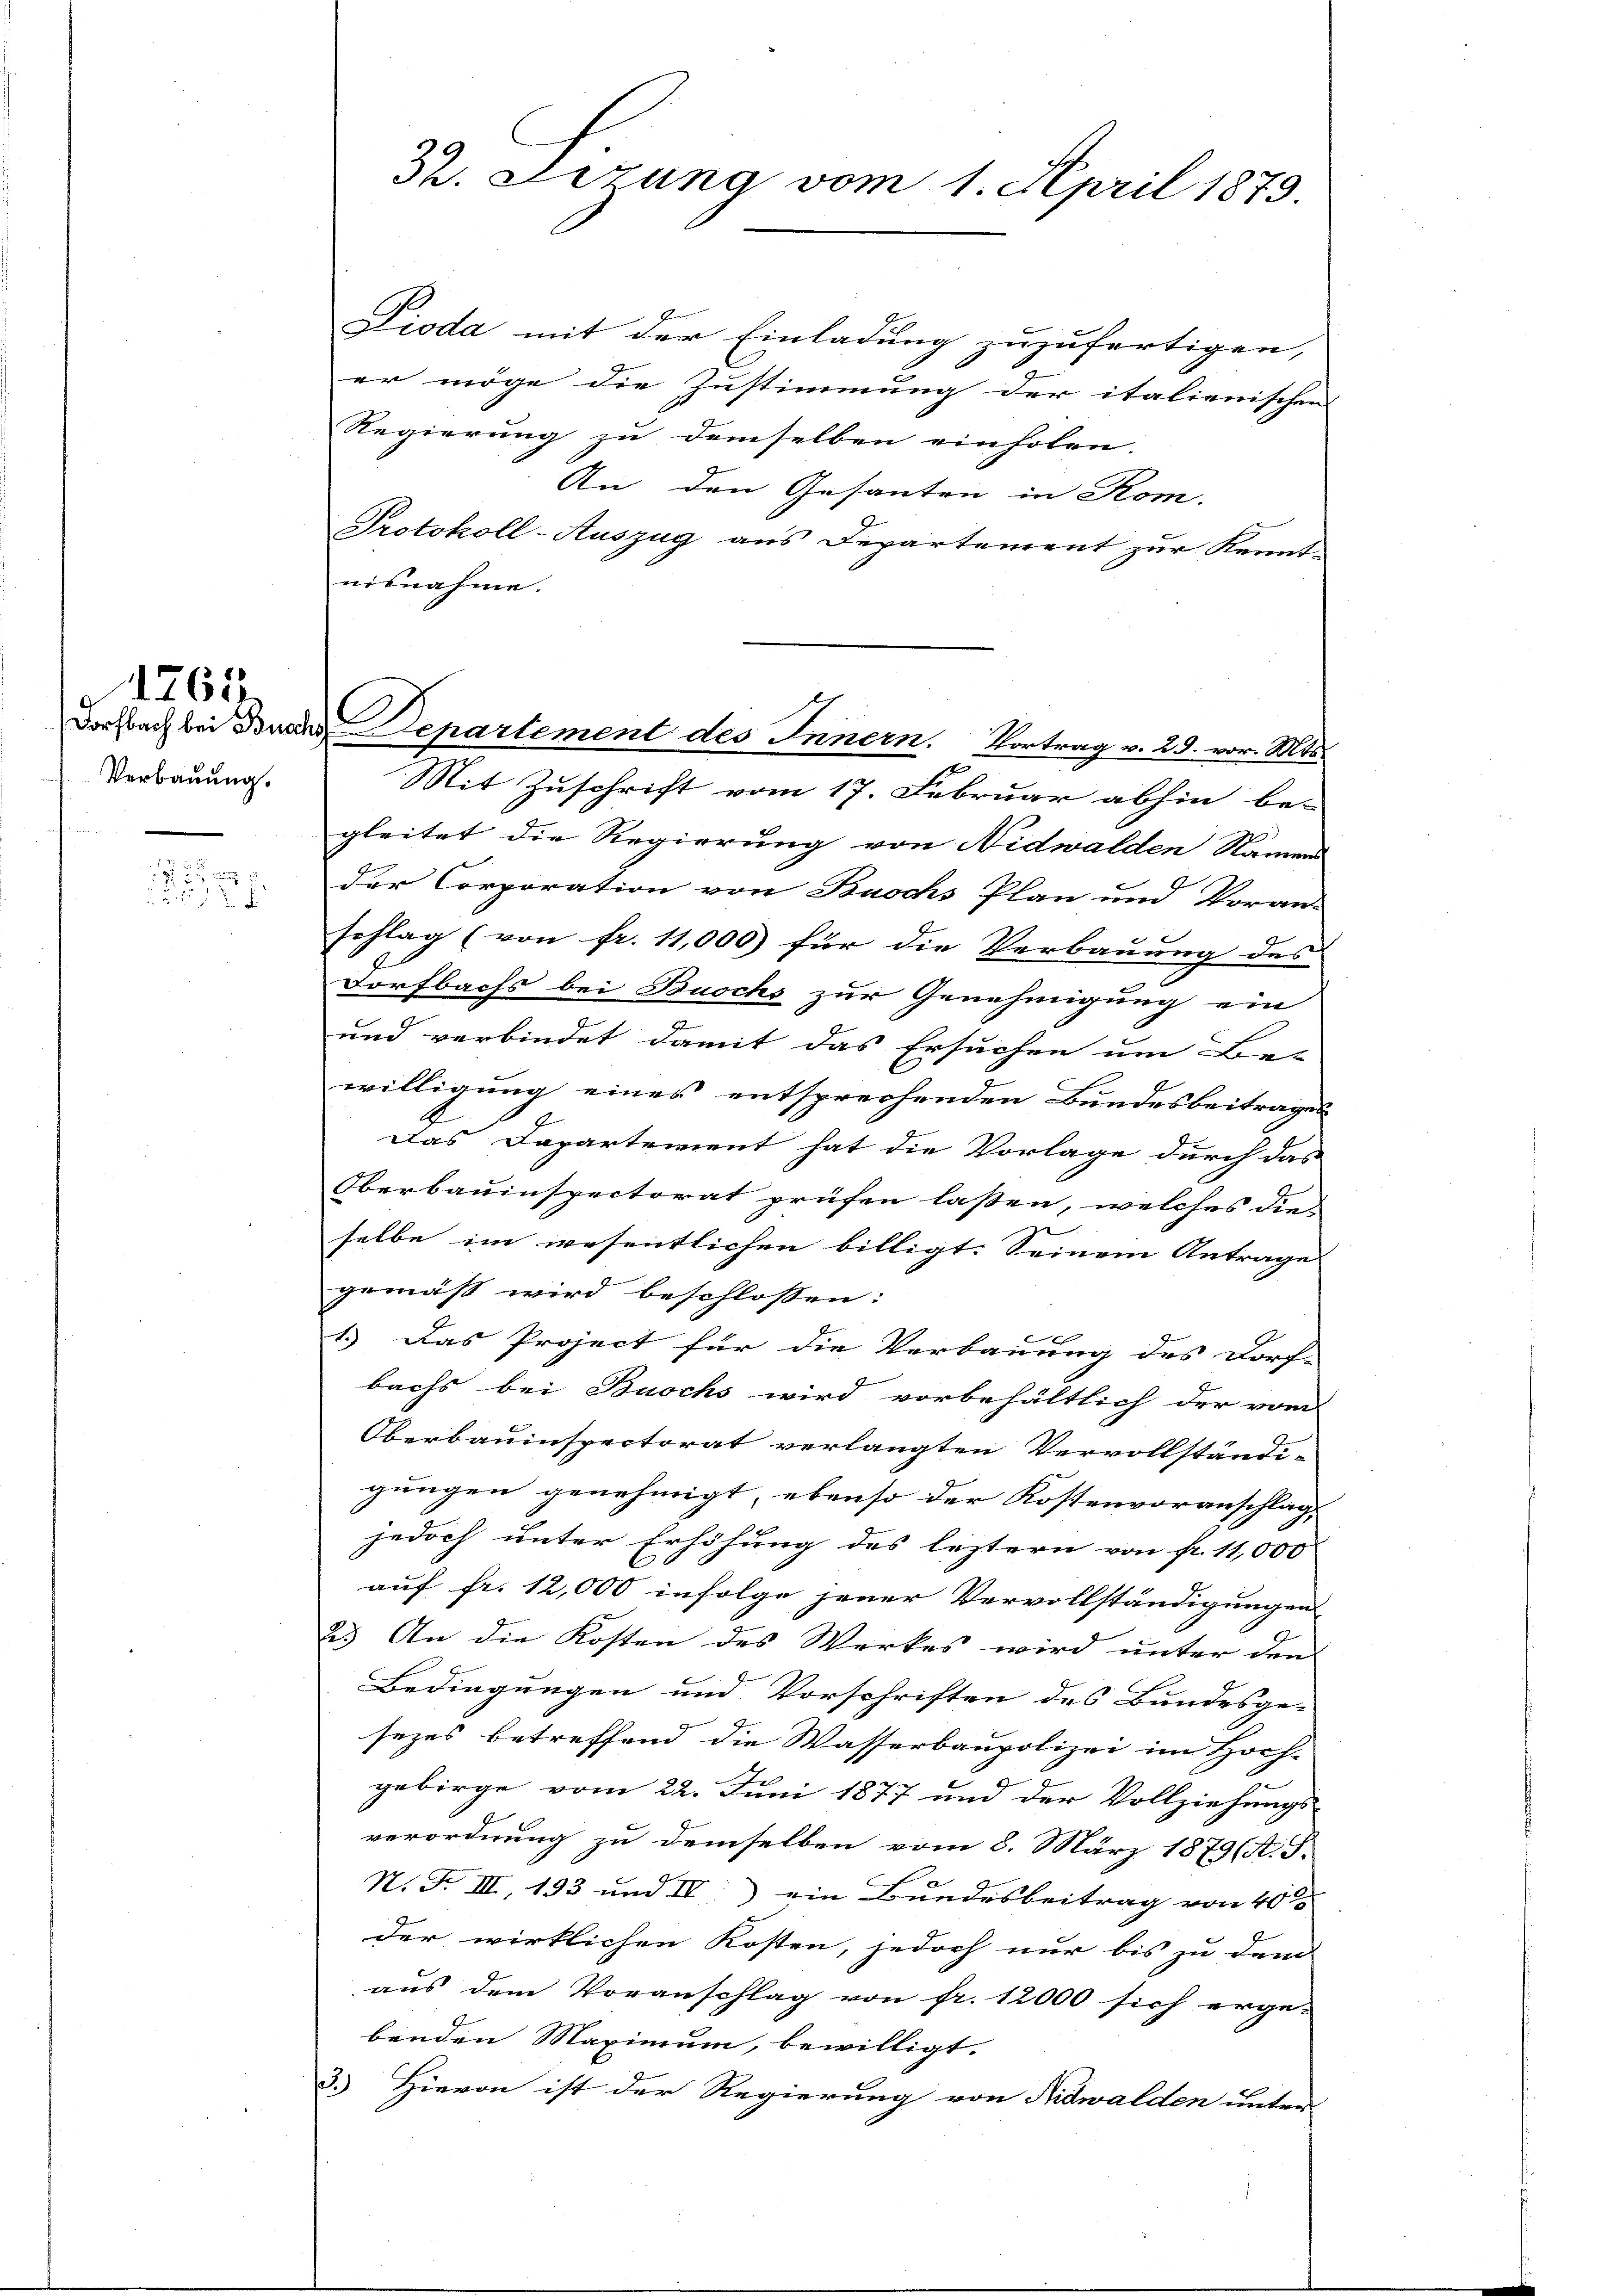
Verbauung.
2 x
 22 n

1765.

32. Lerung vom 1. April 1873.

Dioda mit der Einladung zuzufertigen,
er möge die Zustimmung der italienischen
Regierung zu demselben einholen.
An den Gesanten in Rom.
Protokoll-Auszug aus Departement zur Kennt-
nisnahme.
Mit Zuschrift vom 17. Februar abhin be-
gleitet die Regierung von Nidwalden Namen
der Corporation von Buochs Plan und Voran-
schlag (von fr. 11,000) für die Verbauung des
Dorfbachs bei Buschs zur Genehmigung ein
und verbindet damit das Ersuchen um Be-
willigung eines entsprechenden Bundesbeitrages
Das Dapartement hat die Vorlage durch das
Oberbauinspectorat prüfen lassen, welches die
selbe im wesentlichen billigt. Seinem Antrage
gemäß wird beschlossen:
e
1.) Das Project für die Verbauung des Dorf-
bachs bei Buschs wird vorbehältlich der vom
Oberbauinspectorat verlangten Vervollständi-
gungen genehmigt, ebenso der Kostenvoranschlag,
jedoch unter Erhöhung des leztern von fr. 11,000.
auf fr. 12,000 infolge jener Vervollständigungen
23 An die Kosten des Werkes wird unter den
Bedingungen und Vorschriften des Bundesge-
sezes betreffend die Wasserbaupolizei im Hoch-
gebirge vom 22. Juni 1877 und der Vollziehungs-
verordnung zu demselben vom 8. März 1879 (A. S.
N. F. III, 193 und IV ein Bundesbeitrag von 40%
der wirklichen Kosten, jedoch nur bis zu dem
aus dem Voranschlag von fr. 12000 sich erge-
benden Maximum, bewilligt.
3.) Hievon ist der Regierung von Nidwalden unter

Dorfbach bei denen Departement des Innern. Vortrag v. 29. vor. Mts.
1